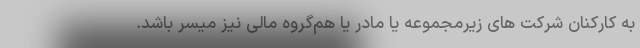
به کارکنان شرکت های زیرمجموعه یا مادر یا هم‌گروه‌ مالی نیز میسر باشد.